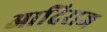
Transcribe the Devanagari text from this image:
आदिराज